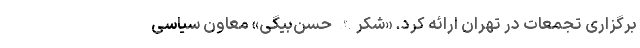
برگزاری تجمعات در تهران ارائه کرد. «شکرالله حسن‌بیگی» معاون سیاسی